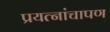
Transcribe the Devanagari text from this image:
प्रयत्नांचापण